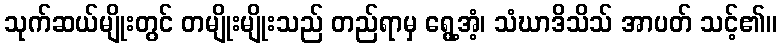
သုက်ဆယ်မျိုးတွင် တမျိုးမျိုးသည် တည်ရာမှ ရွေ့အံ့၊ သံဃာဒိသိသ် အာပတ် သင့်၏။